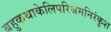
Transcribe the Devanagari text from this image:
बहुकथाकेलिपरिश्रमनिरंकुश